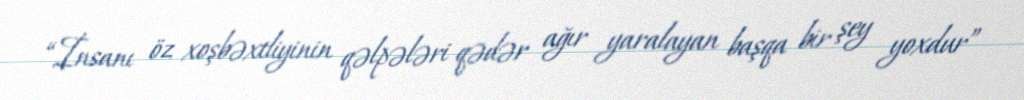
“İnsanı öz xoşbəxtliyinin qəlpələri qədər ağır yaralayan başqa bir şey yoxdur”